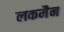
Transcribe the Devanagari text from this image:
लकमैन